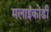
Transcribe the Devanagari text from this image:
मलाईकोडी